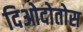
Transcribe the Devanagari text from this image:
दिओदोतोस